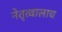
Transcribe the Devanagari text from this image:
नेतृत्वालाच